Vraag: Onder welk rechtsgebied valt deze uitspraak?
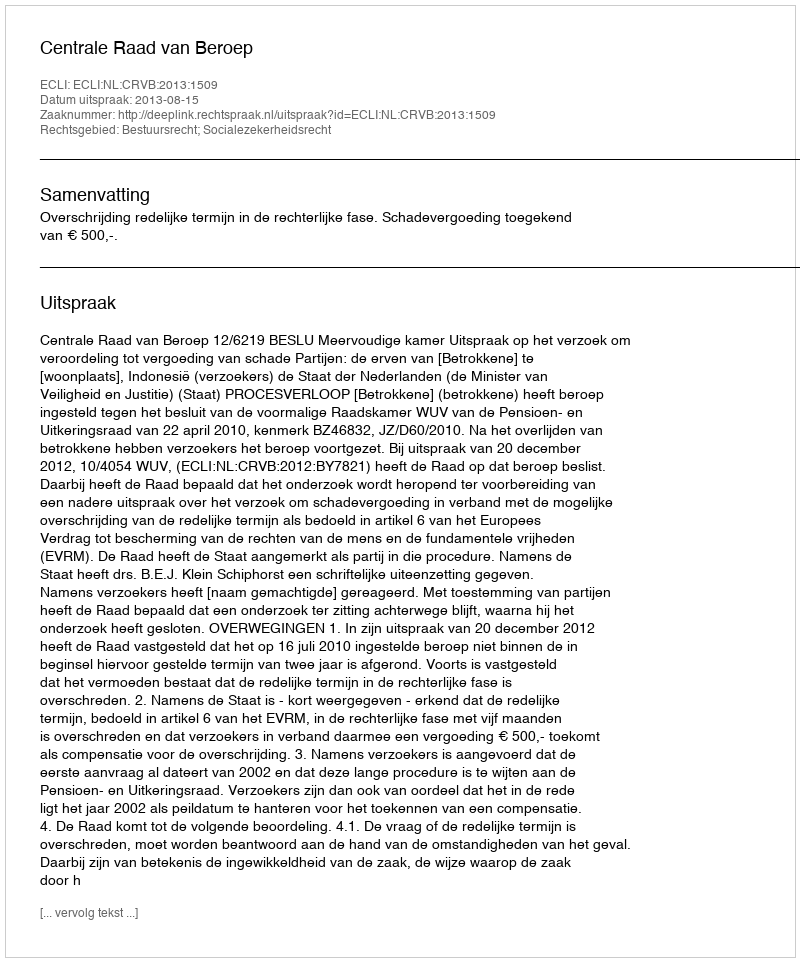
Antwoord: Bestuursrecht; Socialezekerheidsrecht